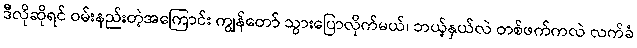
ဒီလိုဆိုရင် ဝမ်းနည်းတဲ့အကြောင်း ကျွန်တော် သွားပြောလိုက်မယ်၊ ဘယ့်နှယ်လဲ တစ်ဖက်ကလဲ လက်ခံ